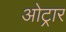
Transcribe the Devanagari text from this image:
ओट्रार